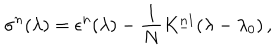
\sigma ^ { n } ( \lambda ) = \epsilon ^ { n } ( \lambda ) - { \frac { 1 } { N } } K _ { - } ^ { n 1 } ( \lambda - \lambda _ { 0 } ) \, ,